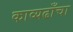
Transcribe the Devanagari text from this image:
काव्यढाँचा